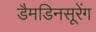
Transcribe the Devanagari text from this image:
डैमडिनसूरेंग